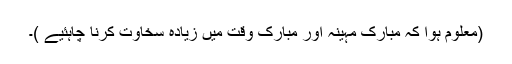
(معلوم ہوا کہ مبارک مہینہ اور مبارک وقت میں زیادہ سخاوت کرنا چاہئیے )۔